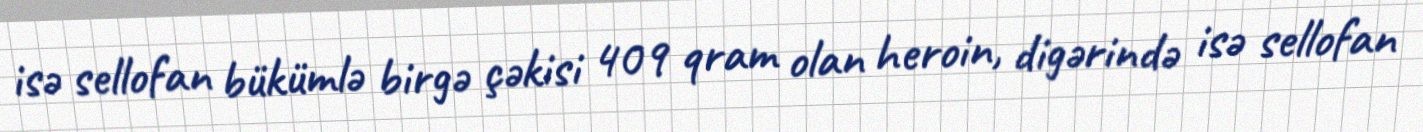
isə sellofan bükümlə birgə çəkisi 409 qram olan heroin, digərində isə sellofan